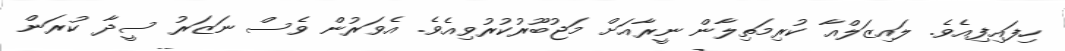
ހިފައިފިއެވެ. ލައިޒަލްއާ ކުރިމަތިލާން ނީރާއަށް މަޖުބޫރުކުރުވިއެވެ. އެވަރުން ވެސް ނަޒަރު ސީދާ ކުރަން